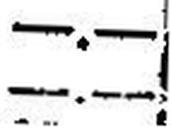
—.—